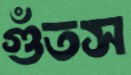
গুঁতস